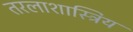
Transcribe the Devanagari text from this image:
तरलाशास्त्रिय